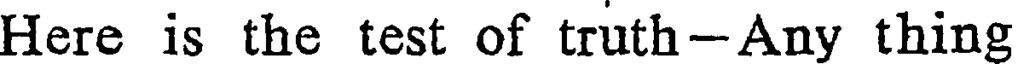
Here is the test of truth-Any thing